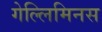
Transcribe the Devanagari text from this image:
गेल्‍लिमिनस